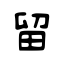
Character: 留